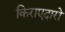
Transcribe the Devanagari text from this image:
किराएदारो